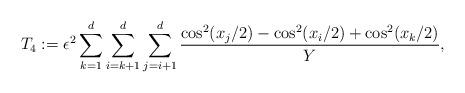
LaTeX: \begin{align*} T_4 := \epsilon^2 \sum_{k=1}^d \sum_{i=k+1}^d \sum_{j=i+1}^d \frac{\cos^2(x_j/2)-\cos^2(x_i/2)+ \cos^2(x_k/2)}{Y},\end{align*}